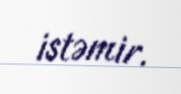
istəmir.